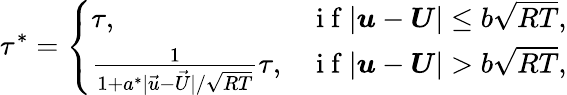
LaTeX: \tau^{*}=\left\{ \begin{array}{ll}{\tau,}&{\mathrm{~i~f~}|\boldsymbol{u}-\boldsymbol{U}|\leq b\sqrt{RT},}\\ {\frac{1}{1+a^{*}|\vec{u}-\vec{U}|/\sqrt{RT}}\tau,}&{\mathrm{~i~f~}|\boldsymbol{u}-\boldsymbol{U}|>b\sqrt{RT},}\end{array}\right.